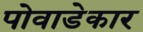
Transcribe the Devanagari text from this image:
पोवाडेकार